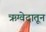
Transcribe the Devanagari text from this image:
ऋग्वेदातून